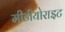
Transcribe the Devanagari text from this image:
मीटीयोराइट